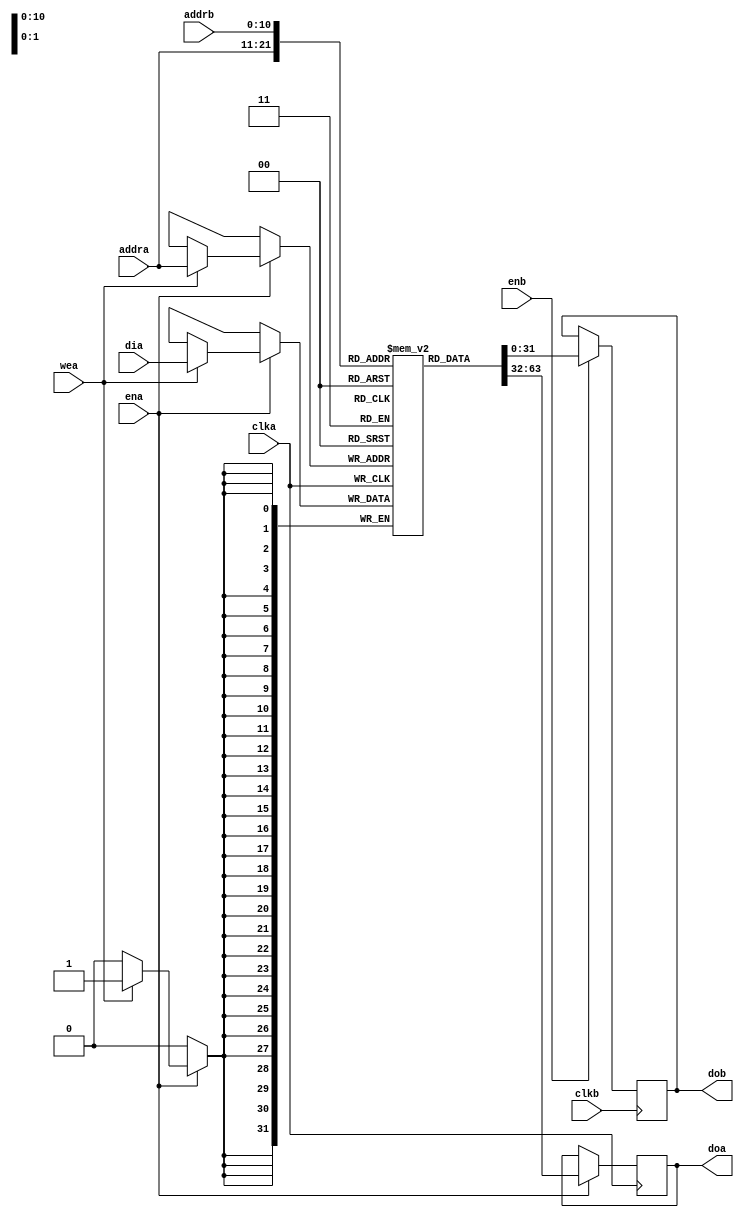
module inferred_ram(clka, clkb, ena, enb, wea, addra, addrb, dia, doa, dob);
        input clka, clkb;
        input wea;
        input ena, enb;
        input [10:0] addra, addrb;
        input [31:0] dia;
        output reg [31:0] doa, dob;
        reg [31:0] RAM [2047:0];

        always @(posedge clka) begin
                if (ena) begin
                        if (wea) begin
                                RAM[addra] <= dia;
				$display("RAM: %x written to %x", dia, addra);
			end
                        doa <= RAM[addra];
                end
        end

        always @(posedge clkb) begin
                if (enb) begin
                        dob <= RAM[addrb];
                end
        end
endmodule